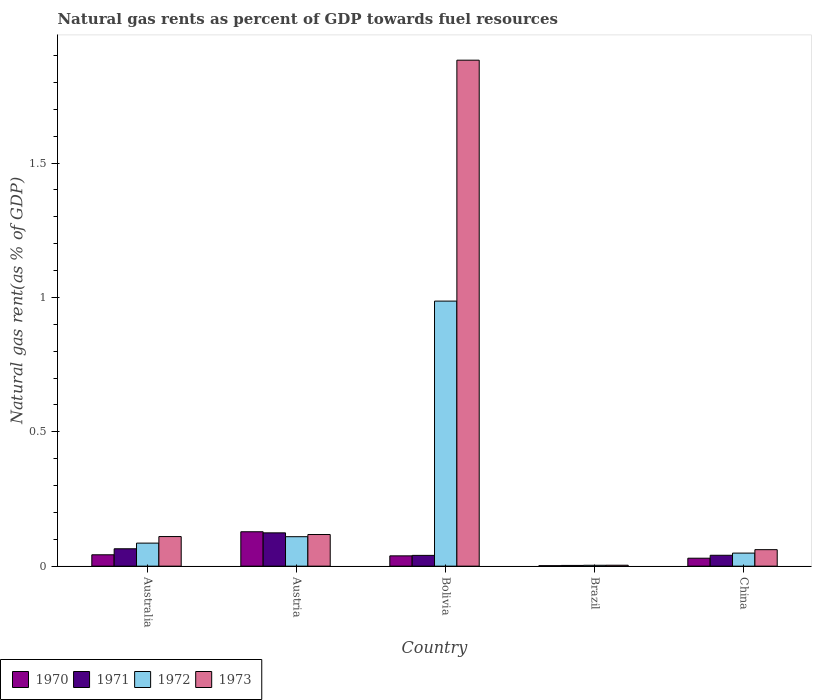
| Country | 1970 | 1971 | 1972 | 1973 |
 | --- | --- | --- | --- | --- |
 | Australia | 0.0424 | 0.0648 | 0.0858 | 0.11 |
 | Austria | 0.128 | 0.124 | 0.11 | 0.118 |
 | Bolivia | 0.0384 | 0.0401 | 0.986 | 1.88 |
 | Brazil | 0.00178 | 0.00274 | 0.00332 | 0.00349 |
 | China | 0.0296 | 0.0406 | 0.0486 | 0.0614 |